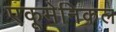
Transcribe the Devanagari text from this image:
एकूमेनिकल